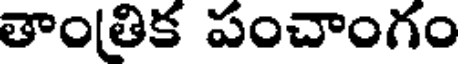
తాం(తిక పంచాంగం